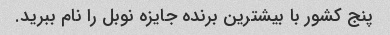
پنج کشور با بیشترین برنده جایزه نوبل را نام ببرید.